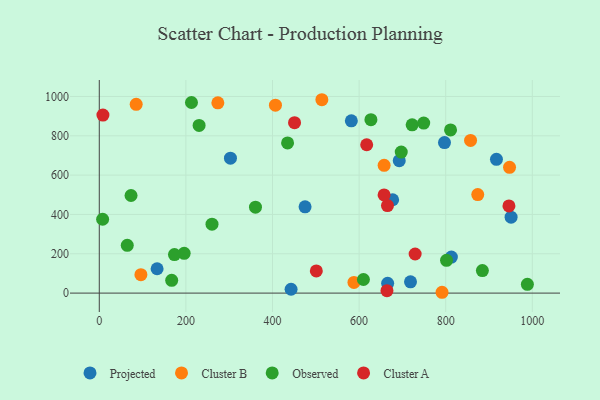
{"axis": {"x": "Price", "y": "Exam Score"}, "legend": ["Cluster A", "Cluster B", "Observed", "Projected"], "data": [{"x": "813.1", "y": 183.4, "type": "Projected"}, {"x": "718.7", "y": 57.5, "type": "Projected"}, {"x": "917.2", "y": 680.2, "type": "Projected"}, {"x": "133.5", "y": 123.8, "type": "Projected"}, {"x": "677.5", "y": 474.9, "type": "Projected"}, {"x": "797.2", "y": 765.5, "type": "Projected"}, {"x": "475.2", "y": 438.7, "type": "Projected"}, {"x": "665.9", "y": 49.7, "type": "Projected"}, {"x": "582.1", "y": 876.2, "type": "Projected"}, {"x": "442.9", "y": 19.7, "type": "Projected"}, {"x": "302.9", "y": 686.4, "type": "Projected"}, {"x": "951.0", "y": 386.1, "type": "Projected"}, {"x": "692.7", "y": 673.7, "type": "Projected"}, {"x": "96.1", "y": 93.5, "type": "Cluster B"}, {"x": "406.8", "y": 955.7, "type": "Cluster B"}, {"x": "857.4", "y": 776.7, "type": "Cluster B"}, {"x": "273.8", "y": 967.7, "type": "Cluster B"}, {"x": "874.0", "y": 500.9, "type": "Cluster B"}, {"x": "947.4", "y": 639.6, "type": "Cluster B"}, {"x": "588.1", "y": 54.4, "type": "Cluster B"}, {"x": "657.8", "y": 649.7, "type": "Cluster B"}, {"x": "85.2", "y": 960.1, "type": "Cluster B"}, {"x": "791.5", "y": 4.2, "type": "Cluster B"}, {"x": "514.0", "y": 983.5, "type": "Cluster B"}, {"x": "230.5", "y": 852.6, "type": "Observed"}, {"x": "260.3", "y": 350.5, "type": "Observed"}, {"x": "697.3", "y": 717.5, "type": "Observed"}, {"x": "434.8", "y": 763.7, "type": "Observed"}, {"x": "212.9", "y": 969.5, "type": "Observed"}, {"x": "73.3", "y": 496.5, "type": "Observed"}, {"x": "627.3", "y": 882.1, "type": "Observed"}, {"x": "722.5", "y": 855.8, "type": "Observed"}, {"x": "988.6", "y": 44.7, "type": "Observed"}, {"x": "196.0", "y": 202.1, "type": "Observed"}, {"x": "360.7", "y": 436.9, "type": "Observed"}, {"x": "610.0", "y": 69.3, "type": "Observed"}, {"x": "7.7", "y": 375.6, "type": "Observed"}, {"x": "811.2", "y": 829.7, "type": "Observed"}, {"x": "884.7", "y": 114.8, "type": "Observed"}, {"x": "167.2", "y": 65.0, "type": "Observed"}, {"x": "173.6", "y": 196.1, "type": "Observed"}, {"x": "64.6", "y": 242.9, "type": "Observed"}, {"x": "749.2", "y": 864.9, "type": "Observed"}, {"x": "801.9", "y": 166.6, "type": "Observed"}, {"x": "664.3", "y": 12.3, "type": "Cluster A"}, {"x": "8.4", "y": 905.3, "type": "Cluster A"}, {"x": "501.2", "y": 112.6, "type": "Cluster A"}, {"x": "946.0", "y": 443.6, "type": "Cluster A"}, {"x": "665.5", "y": 445.4, "type": "Cluster A"}, {"x": "729.4", "y": 198.8, "type": "Cluster A"}, {"x": "657.7", "y": 499.5, "type": "Cluster A"}, {"x": "617.5", "y": 754.4, "type": "Cluster A"}, {"x": "450.9", "y": 866.9, "type": "Cluster A"}]}